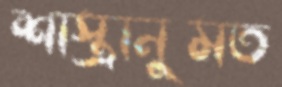
শাস্ত্রানুমত